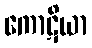
ကောဋိယာ